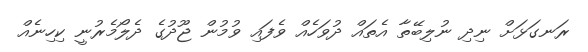
ރަނގަޅަށް ނިދި ނުލިބޭތާ އެތައް ދުވަހެއް ވެފައި ވުމުން ޖޫދުގެ ދެލޯމެރުނީ ކިހިނެއް